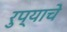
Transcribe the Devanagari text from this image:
रुप्याचे